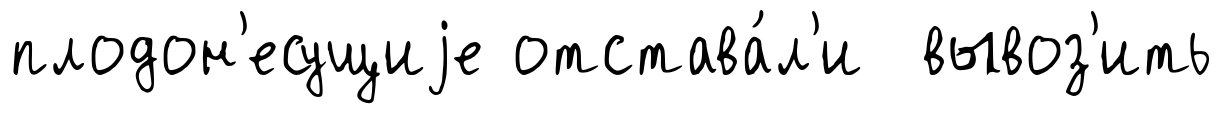
плодон'есущиjе отстава́л'и вывоз'ить